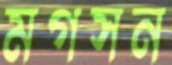
মগসন